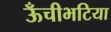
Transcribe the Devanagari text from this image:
ऊँचीभटिया